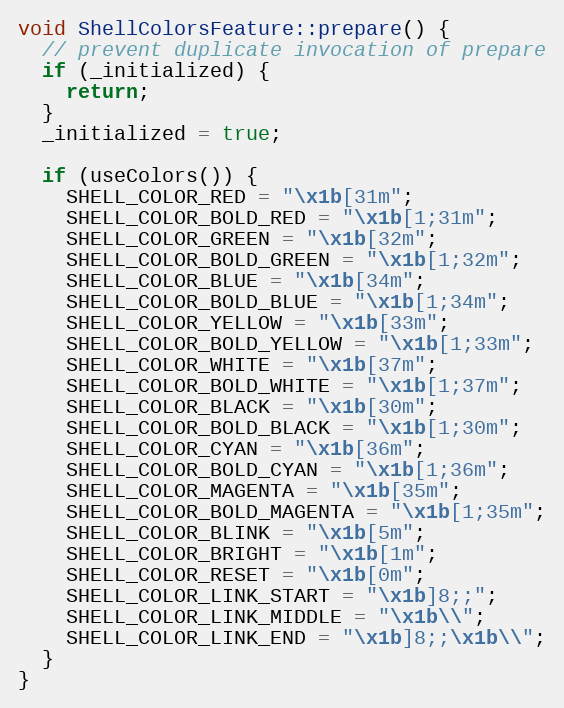
Language: C++
void ShellColorsFeature::prepare() {
  // prevent duplicate invocation of prepare
  if (_initialized) {
    return;
  }
  _initialized = true;

  if (useColors()) {
    SHELL_COLOR_RED = "\x1b[31m";
    SHELL_COLOR_BOLD_RED = "\x1b[1;31m";
    SHELL_COLOR_GREEN = "\x1b[32m";
    SHELL_COLOR_BOLD_GREEN = "\x1b[1;32m";
    SHELL_COLOR_BLUE = "\x1b[34m";
    SHELL_COLOR_BOLD_BLUE = "\x1b[1;34m";
    SHELL_COLOR_YELLOW = "\x1b[33m";
    SHELL_COLOR_BOLD_YELLOW = "\x1b[1;33m";
    SHELL_COLOR_WHITE = "\x1b[37m";
    SHELL_COLOR_BOLD_WHITE = "\x1b[1;37m";
    SHELL_COLOR_BLACK = "\x1b[30m";
    SHELL_COLOR_BOLD_BLACK = "\x1b[1;30m";
    SHELL_COLOR_CYAN = "\x1b[36m";
    SHELL_COLOR_BOLD_CYAN = "\x1b[1;36m";
    SHELL_COLOR_MAGENTA = "\x1b[35m";
    SHELL_COLOR_BOLD_MAGENTA = "\x1b[1;35m";
    SHELL_COLOR_BLINK = "\x1b[5m";
    SHELL_COLOR_BRIGHT = "\x1b[1m";
    SHELL_COLOR_RESET = "\x1b[0m";
    SHELL_COLOR_LINK_START = "\x1b]8;;";
    SHELL_COLOR_LINK_MIDDLE = "\x1b\\";
    SHELL_COLOR_LINK_END = "\x1b]8;;\x1b\\";
  }
}